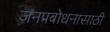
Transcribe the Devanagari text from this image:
जनप्रबोधनासाठी